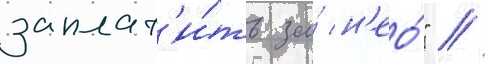
заплат'и́ть за́ н'ео́" //